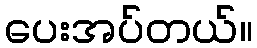
ပေးအပ်တယ်။